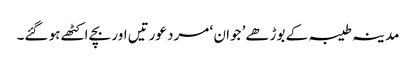
مدینہ طیبہ کے بوڑھے’ جوان ‘ مرد عورتیں اور بچے اکٹھے ہو گئے۔